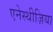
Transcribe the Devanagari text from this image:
एनेस्थीज़िया